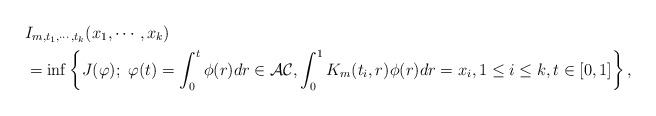
\begin{align*}&I_{m, t_{1},\cdots, t_{k}}(x_{1}, \cdots, x_{k})\\&=\inf\left\{J(\varphi); ~\varphi(t)=\int^{t}_{0}\phi(r)dr\in\mathcal{AC}, \int^{1}_{0}K_{m}(t_{i},r)\phi(r)dr=x_{i}, 1\leq i\leq k, t\in[0,1]\right\},\end{align*}